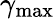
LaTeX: \gamma_{\mathrm{max}}